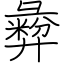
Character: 彜